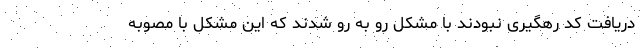
دریافت کد رهگیری نبودند با مشکل رو به رو شدند که این مشکل با مصوبه